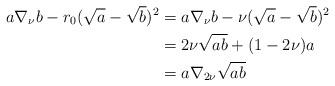
LaTeX: \begin{align*} a\nabla_{\nu} b -r_0(\sqrt{a}-\sqrt{b})^2& = a\nabla_{\nu} b -\nu(\sqrt{a}-\sqrt{b})^2\\&=2\nu \sqrt{ab}+(1-2\nu)a\\&=a\nabla_{2\nu}\sqrt{ab}\end{align*}